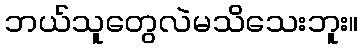
ဘယ်သူတွေလဲမသိသေးဘူး။